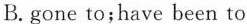
B.gone to; have been to